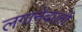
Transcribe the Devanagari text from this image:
लगानेवालों